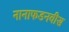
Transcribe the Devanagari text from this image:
नानाफडनवीस